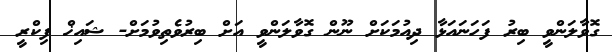
ގޮވާލަންވީ ބިރު ފަހަނައަޅާ ދިއުމަކަށް ނޫން ގޮވާލަންވީ އަށް ބިރުވެތިވުމަށް- ޝައިޚް ފިކްރީ